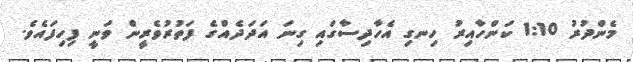
މެންދުރު 1:10 ކަންހާއިރު ހިނގި އެހާދިސާގައި ގިނަ އަދަދެއްގެ ފަތުރުވެރީން ވަނީ ފިހިފައެވެ.